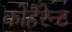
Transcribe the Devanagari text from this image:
कोहैरेन्ट